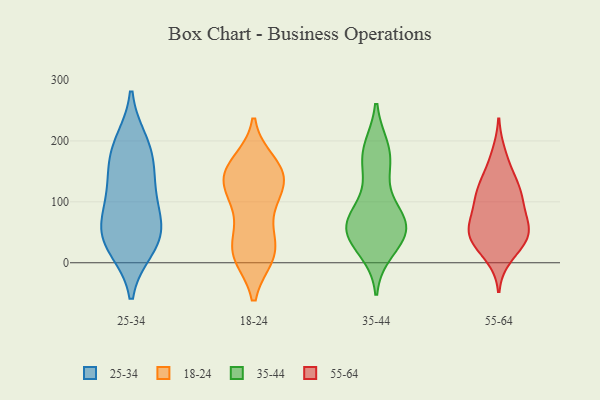
{"axis": {"x": "Operating Costs (USD K)", "y": "Value"}, "legend": ["18-24", "25-34", "35-44", "55-64"], "data": [{"x": "", "y": 189, "type": "25-34"}, {"x": "", "y": 167, "type": "25-34"}, {"x": "", "y": 118, "type": "25-34"}, {"x": "", "y": 30, "type": "25-34"}, {"x": "", "y": 58, "type": "25-34"}, {"x": "", "y": 62, "type": "25-34"}, {"x": "", "y": 90, "type": "25-34"}, {"x": "", "y": 197, "type": "25-34"}, {"x": "", "y": 25, "type": "25-34"}, {"x": "", "y": 138, "type": "25-34"}, {"x": "", "y": 40, "type": "25-34"}, {"x": "", "y": 48, "type": "18-24"}, {"x": "", "y": 105, "type": "18-24"}, {"x": "", "y": 14, "type": "18-24"}, {"x": "", "y": 144, "type": "18-24"}, {"x": "", "y": 85, "type": "18-24"}, {"x": "", "y": 116, "type": "18-24"}, {"x": "", "y": 122, "type": "18-24"}, {"x": "", "y": 32, "type": "18-24"}, {"x": "", "y": 12, "type": "18-24"}, {"x": "", "y": 11, "type": "18-24"}, {"x": "", "y": 159, "type": "18-24"}, {"x": "", "y": 144, "type": "18-24"}, {"x": "", "y": 147, "type": "18-24"}, {"x": "", "y": 11, "type": "18-24"}, {"x": "", "y": 145, "type": "18-24"}, {"x": "", "y": 164, "type": "18-24"}, {"x": "", "y": 147, "type": "35-44"}, {"x": "", "y": 56, "type": "35-44"}, {"x": "", "y": 186, "type": "35-44"}, {"x": "", "y": 170, "type": "35-44"}, {"x": "", "y": 22, "type": "35-44"}, {"x": "", "y": 81, "type": "35-44"}, {"x": "", "y": 46, "type": "35-44"}, {"x": "", "y": 69, "type": "35-44"}, {"x": "", "y": 50, "type": "35-44"}, {"x": "", "y": 185, "type": "35-44"}, {"x": "", "y": 38, "type": "35-44"}, {"x": "", "y": 75, "type": "35-44"}, {"x": "", "y": 64, "type": "35-44"}, {"x": "", "y": 108, "type": "55-64"}, {"x": "", "y": 47, "type": "55-64"}, {"x": "", "y": 115, "type": "55-64"}, {"x": "", "y": 50, "type": "55-64"}, {"x": "", "y": 69, "type": "55-64"}, {"x": "", "y": 86, "type": "55-64"}, {"x": "", "y": 108, "type": "55-64"}, {"x": "", "y": 48, "type": "55-64"}, {"x": "", "y": 11, "type": "55-64"}, {"x": "", "y": 38, "type": "55-64"}, {"x": "", "y": 29, "type": "55-64"}, {"x": "", "y": 127, "type": "55-64"}, {"x": "", "y": 148, "type": "55-64"}, {"x": "", "y": 178, "type": "55-64"}, {"x": "", "y": 56, "type": "55-64"}]}